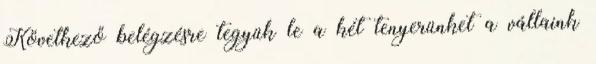
Következő belégzésre tegyük le a két tenyerünket a vállaink